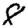
Digit: 8